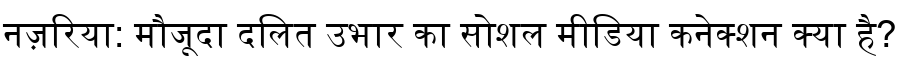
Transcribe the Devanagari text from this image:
नज़रिया: मौजूदा दलित उभार का सोशल मीडिया कनेक्शन क्या है?